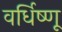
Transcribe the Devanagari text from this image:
वर्धिष्णू